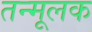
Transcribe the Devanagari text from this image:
तन्मूलक